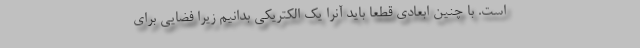
است. با چنین ابعادی قطعا باید آنرا یک الکتریکی بدانیم زیرا فضایی برای